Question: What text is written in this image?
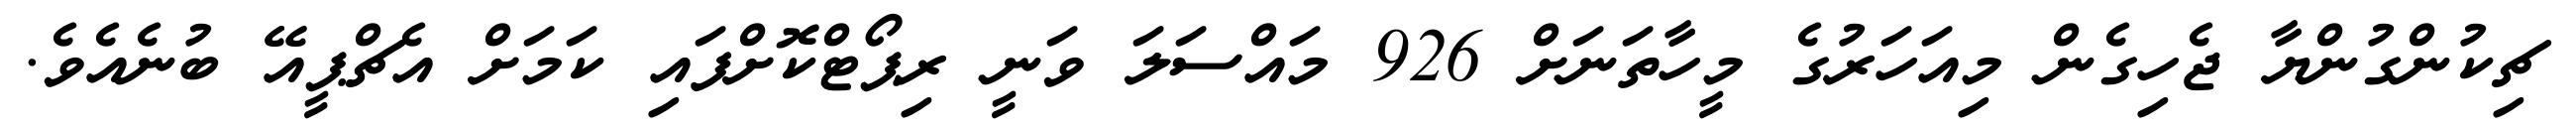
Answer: ޗިކުންގުންޔާ ޖެހިގެން މިއަހަރުގެ މީހާތަނަށް 926 މައްސަލަ ވަނީ ރިޕޯޓްކޮށްފައި ކަމަށް އެޗްޕީއޭ ބުނެއެވެ.